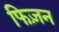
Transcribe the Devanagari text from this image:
फिज़न